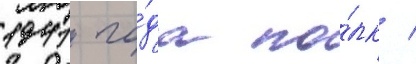
1941 го́да по́лк /